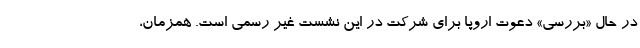
در حال «بررسی» دعوت اروپا برای شرکت در این نشست غیر رسمی است. همزمان،